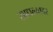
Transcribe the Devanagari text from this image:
साधल्यावर